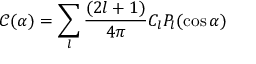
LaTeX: { \mathcal C } ( \alpha ) = \sum _ { l } { \frac { ( 2 l + 1 ) } { 4 \pi } } C _ { l } P _ { l } ( \cos \alpha )